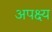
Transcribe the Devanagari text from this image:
अपक्ष्य